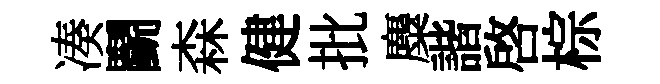
凑鬬森健批麋諧啓棕